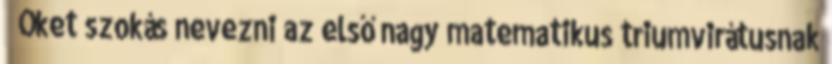
↑ Őket szokás nevezni az első nagy matematikus triumvirátusnak